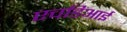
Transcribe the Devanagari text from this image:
एचडिआई